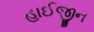
હાઈજીન